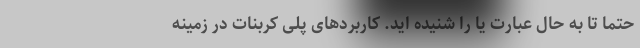
حتما تا به حال عبارت یا را شنیده اید. کاربردهای پلی کربنات در زمینه